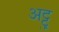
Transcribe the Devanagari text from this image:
अट्टु